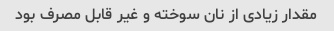
مقدار زیادی از نان سوخته و غیر قابل مصرف بود